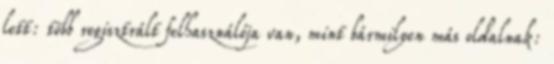
lett: több regisztrált felhasználója van, mint bármilyen más oldalnak: